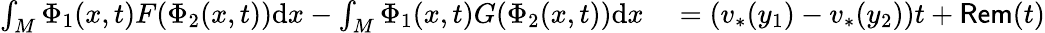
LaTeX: \begin{array}{rl}{\int_{M}\Phi_{1}(x,t)F(\Phi_{2}(x,t))\mathrm{d}x-\int_{M}\Phi_{1}(x,t)G(\Phi_{2}(x,t))\mathrm{d}x}&{{}=(v_{*}(y_{1})-v_{*}(y_{2}))t+\mathsf{Rem}(t)}\end{array}